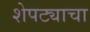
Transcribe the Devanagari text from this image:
शेपट्याचा